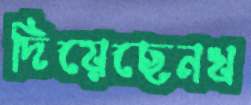
দিয়েছেনখ